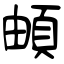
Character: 頔